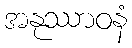
အနုဿာဝနံ